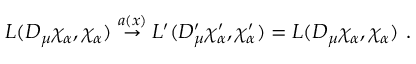
{ \cal { L } } ( D _ { \mu } \chi _ { \alpha } , \chi _ { \alpha } ) \stackrel { a ( x ) } { \rightarrow } { \cal { L } } ^ { \prime } ( D _ { \mu } ^ { \prime } \chi _ { \alpha } ^ { \prime } , \chi _ { \alpha } ^ { \prime } ) = { \cal { L } } ( D _ { \mu } \chi _ { \alpha } , \chi _ { \alpha } ) ~ .